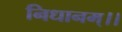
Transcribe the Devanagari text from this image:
निधानम्।।